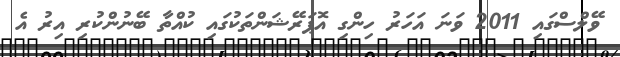
ވޭލްސްގައި 2011 ވަަނަ އަހަރު ހިންގި އޮޕަރޭޝަންތަކުގައި ކުއްތާ ބޭނުންކުރި އިރު އެ